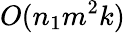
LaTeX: O(n_{1}m^{2}k)